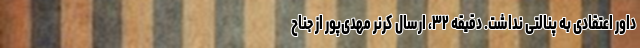
داور اعتقادی به پنالتی نداشت. دقیقه ۳۲، ارسال کرنر مهدی‌پور از جناح